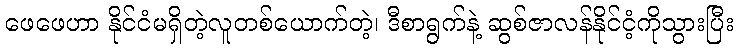
ဖေဖေဟာ နိုင်ငံမရှိတဲ့လူတစ်ယောက်တဲ့၊ ဒီစာရွက်နဲ့ ဆွစ်ဇာလန်နိုင်ငံ့ကိုသွားပြီး